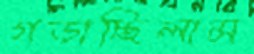
গড়াচ্ছিলাম